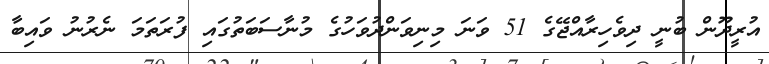
އުރީދޫން ބުނީ ދިވެހިރާއްޖޭގެ 51 ވަނަ މިނިވަންދުވަހުގެ މުނާސަބަތުގައި ފުރަތަމަ ނެރުނު ވައިބާ